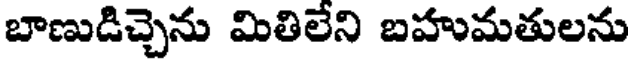
బాణుడిచ్చెను మితిలేని బహుమతులను